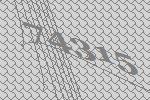
74315